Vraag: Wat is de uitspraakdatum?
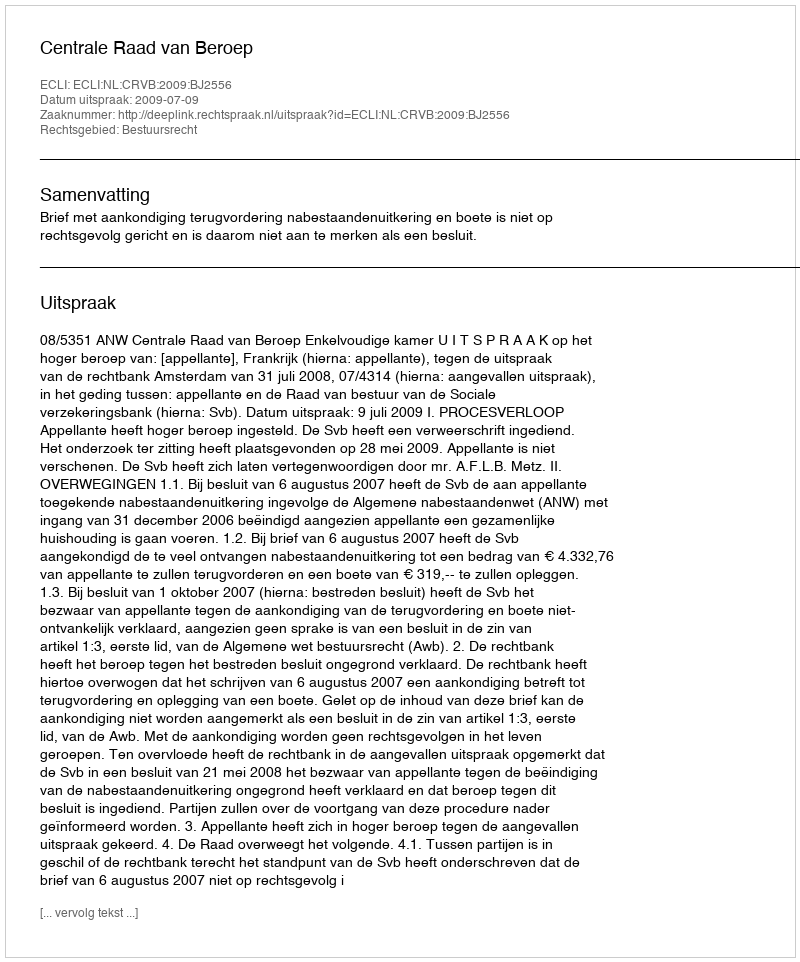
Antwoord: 2009-07-09